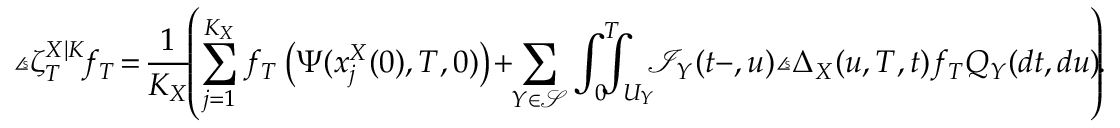
\angles { \zeta _ { T } ^ { X | K } \! } { f _ { T } } \! = \! \frac { 1 } { K _ { X } } \! \! \left( \sum _ { j = 1 } ^ { K _ { X } } f _ { T } \left( \Psi ( x _ { j } ^ { X } ( 0 ) , T , 0 ) \right) \! + \! \! \sum _ { Y \in \mathcal { S } } \int _ { 0 } ^ { T } \! \! \! \! \! \int _ { U _ { Y } } \! \! \! \mathcal { I } _ { Y } ( t - , u ) \angles { \Delta _ { X } ( u , T , t ) } { f _ { T } } Q _ { Y } ( d t , d u ) \! \! \right) \! \! .